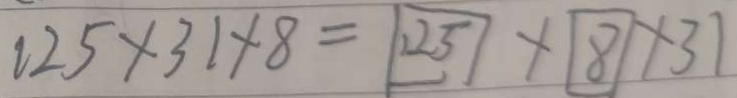
1 2 5 \times 3 1 \times 8 = 1 2 5 \times 8 \times 3 1